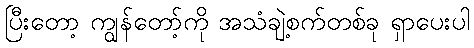
ပြီးတော့ ကျွန်တော့်ကို အသံချဲ့စက်တစ်ခု ရှာပေးပါ